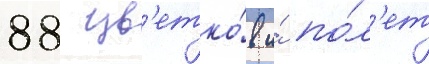
88 цв'етко́в и́ по́л'ет